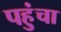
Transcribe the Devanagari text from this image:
पहुुंचा